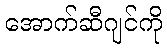
အောက်ဆီဂျင်ကို